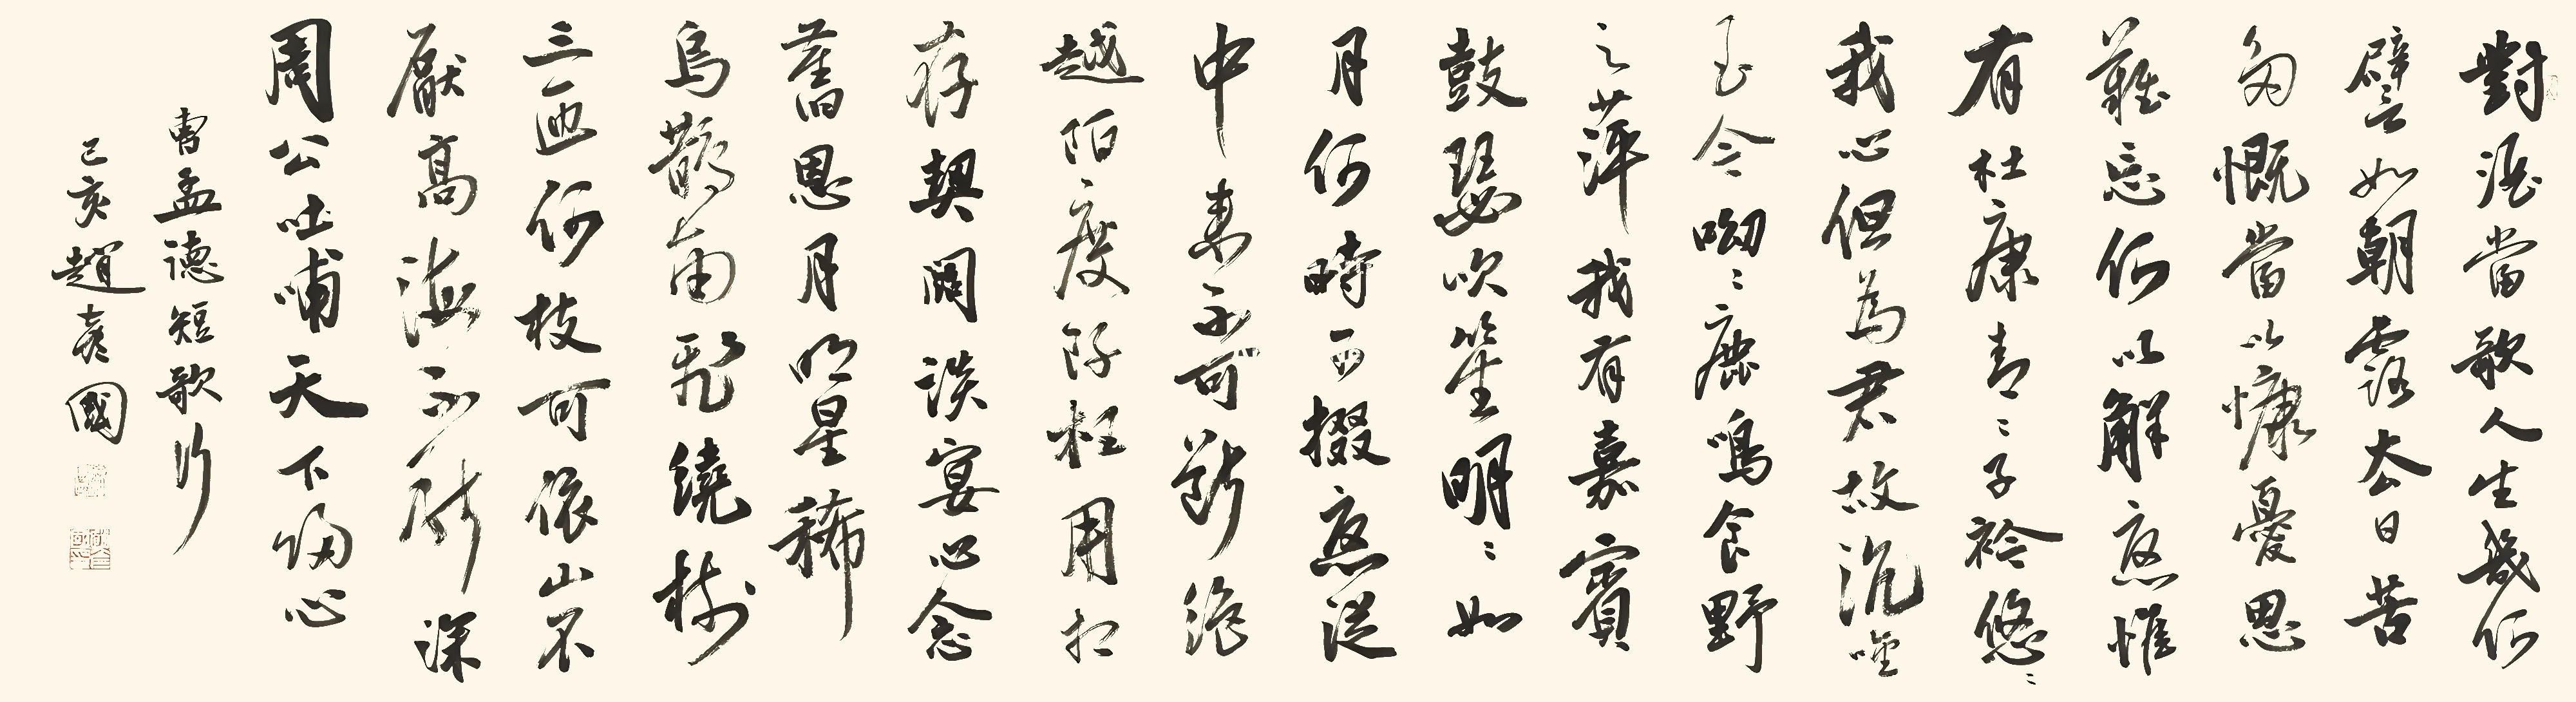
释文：对酒当歌，人生几何！譬如朝露，去日苦多。慨当以慷，忧思难忘。何以解忧？唯有杜康。青青子衿，悠悠我心。但为君故，沉吟至今。呦呦鹿鸣，食野之苹。我有嘉宾，鼓瑟吹笙。明明如月，何时可掇？忧从中来，不可断绝。越陌度阡，枉用相存。契阔谈䜩，心念旧恩。月明星稀，乌鹊南飞。绕树三匝，何枝可依？山不厌高，海不厌深。周公吐哺，天下归心。曹孟德《短歌行》，己亥赵彦国。